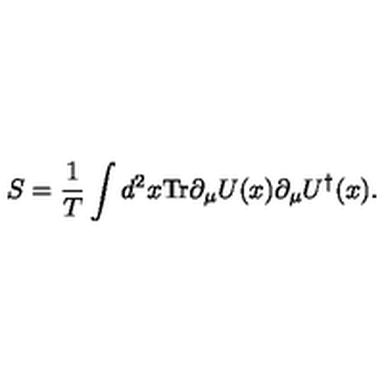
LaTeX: S = { \frac { 1 } { T } } \int d ^ { 2 } x \mathrm { T r } \partial _ { \mu } U ( x ) \partial _ { \mu } U ^ { \dagger } ( x ) .